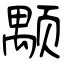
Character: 颙